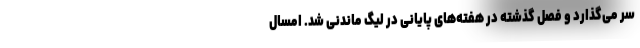
سر می‌گذارد و فصل گذشته در هفته‌های پایانی در لیگ ماندنی شد. امسال